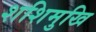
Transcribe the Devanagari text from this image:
शशिमुखि